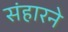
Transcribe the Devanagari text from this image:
संहारने